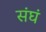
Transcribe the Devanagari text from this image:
संघं